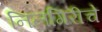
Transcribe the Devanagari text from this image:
निलगिरीचे